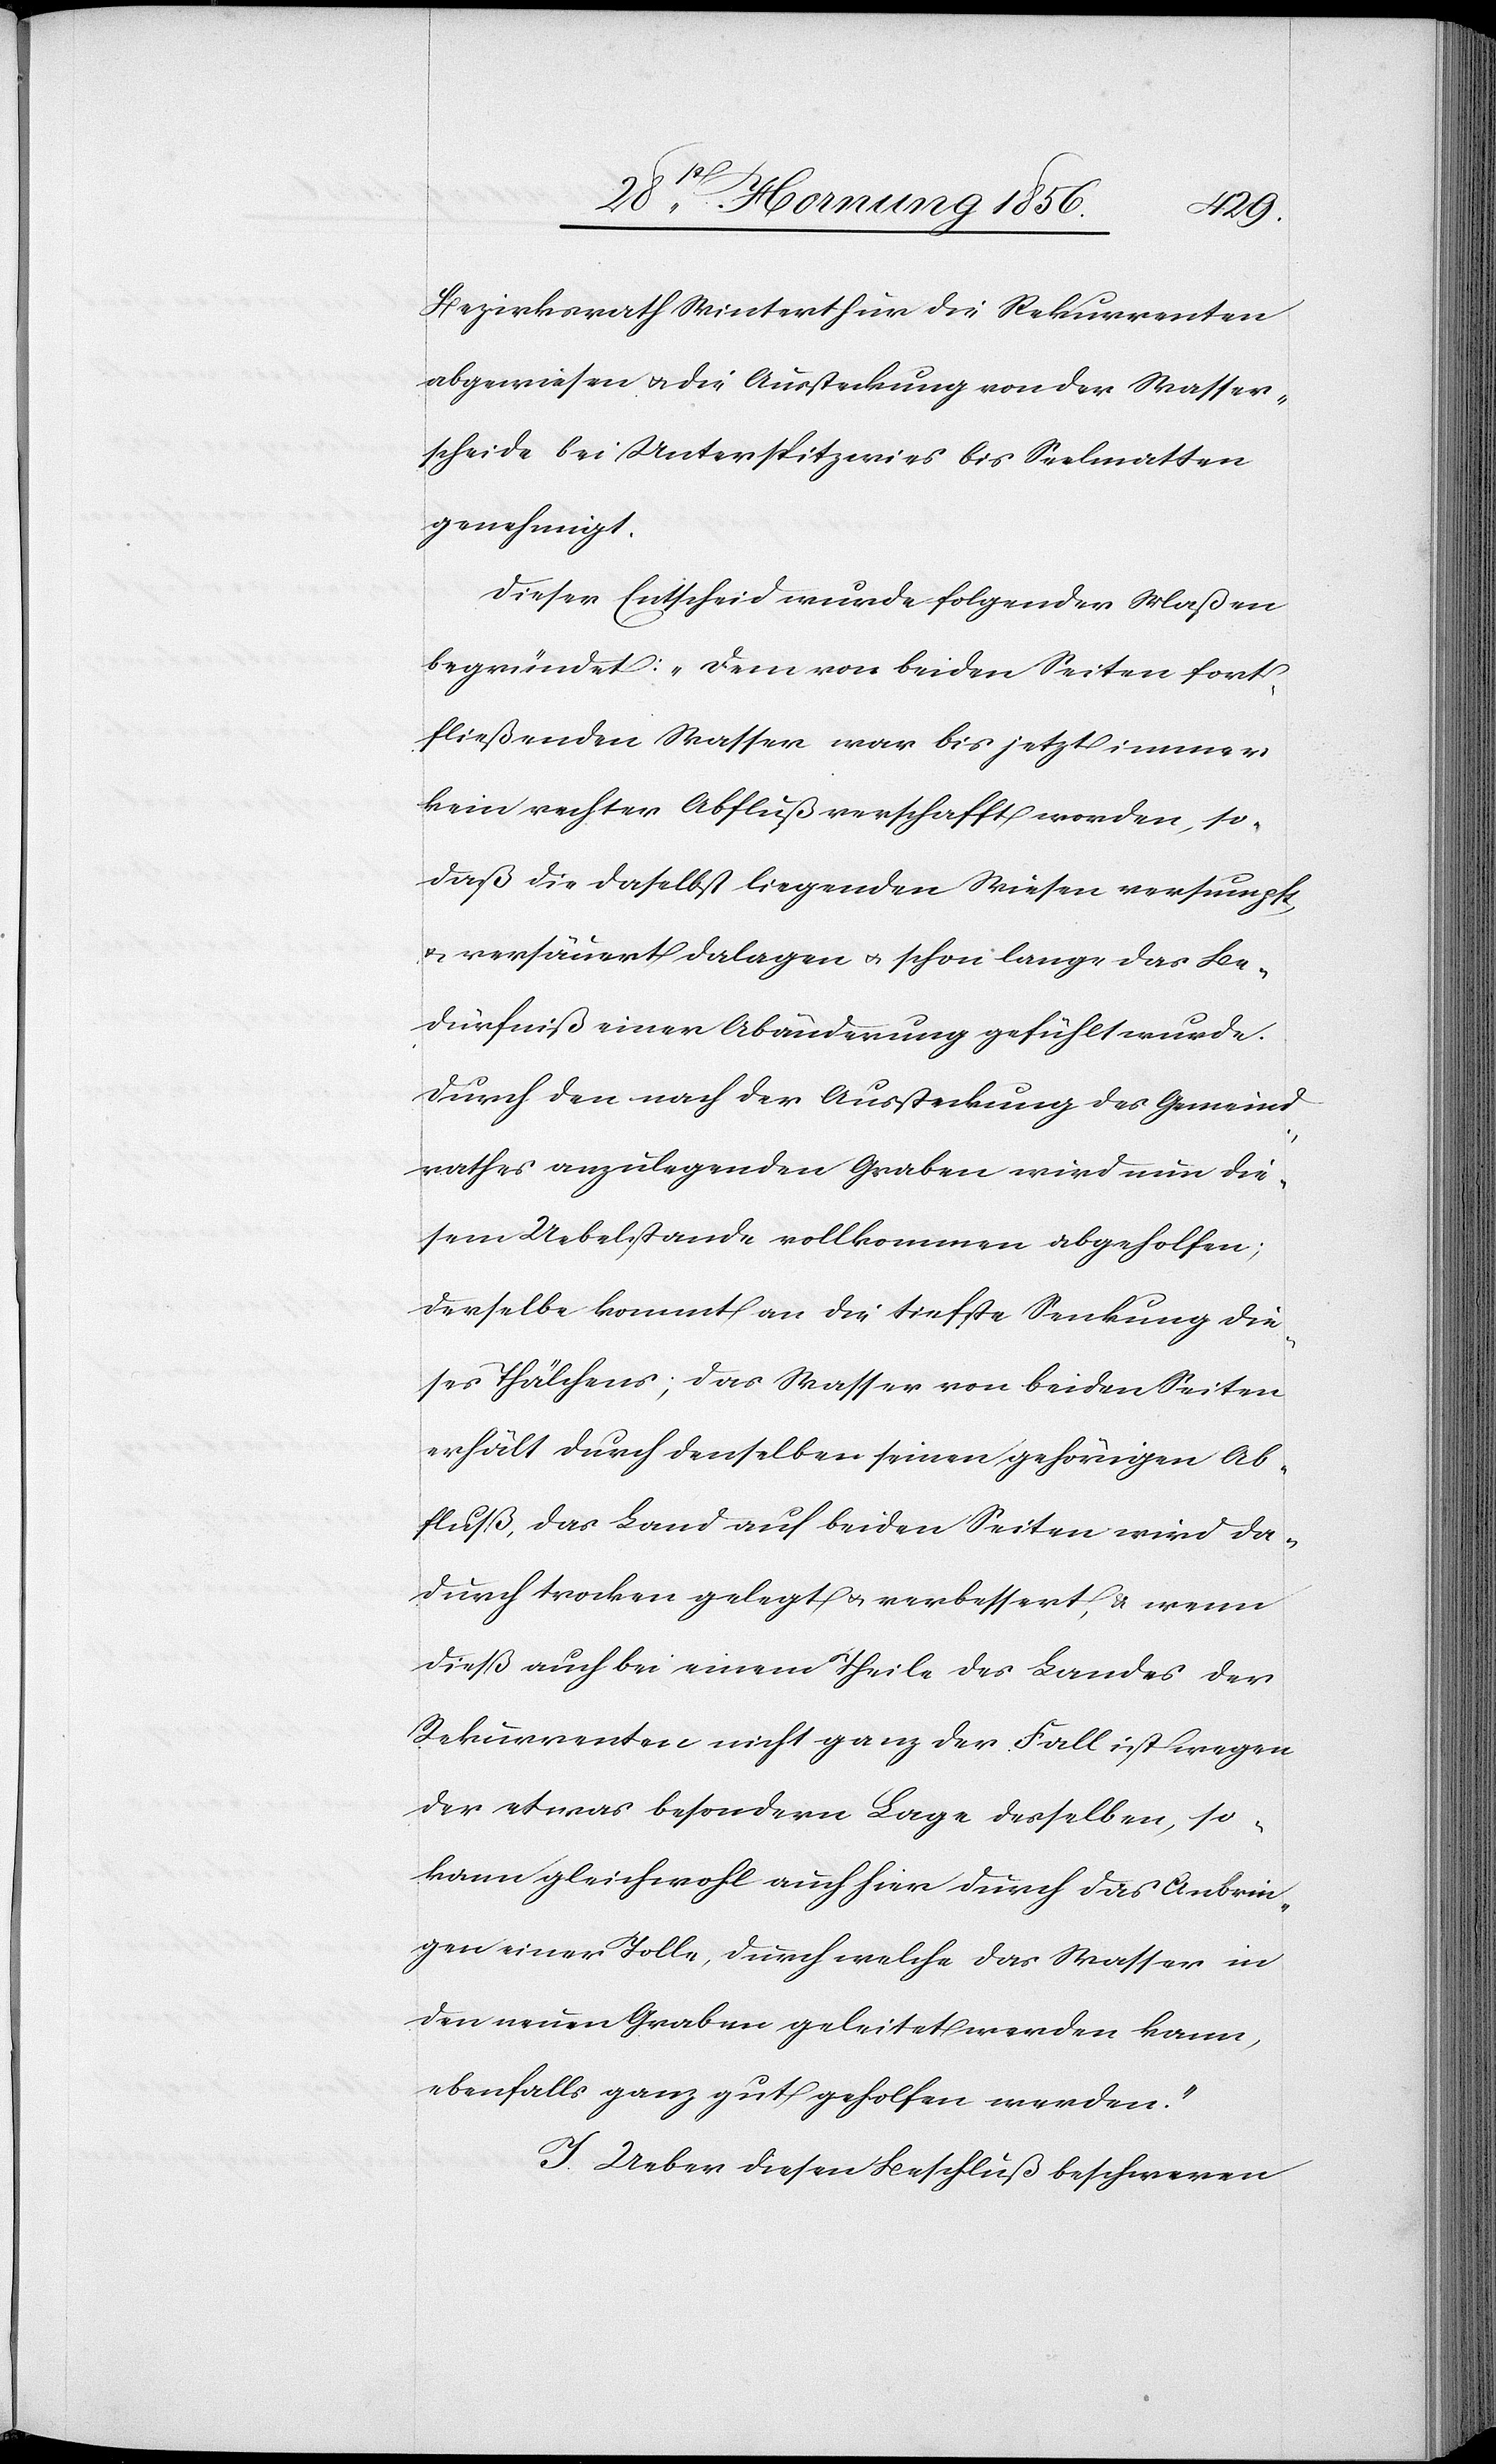
Bezirksrath Winterthur die Rekurrenten
abgewiesen u. die Aussteckung von der Wasser¬
scheide bei Unterspitzeries bis Seelmatten
genehmigt.
Dieser Entscheid wurde folgender Maßen
begründet: „Dem von beiden Seiten fort¬
fließenden Wasser war bis jetzt immer
kein rechter Abfluß verschafft worden, so¬
daß die daselbst liegenden Wiesen versumpft
u. versäuert dalagen u. schon lange das Be¬
dürfniß einer Abänderung gefühlt wurde.
Durch den nach der Aussteckung des Gemeind¬
rathes anzulegenden Graben wird nun die¬
sem Uebelstande vollkommen abgeholfen;
derselbe kommt an die tiefste Senkung die¬
ses Thälchens; das Wasser von beiden Seiten
erhält durch denselben seinen gehörigen Ab¬
fluß, das Land auf beiden Seiten wird da¬
durch trocken gelegt u. verbessert, & wenn
dieß auch bei einem Theile des Landes der
Rekurrenten nicht ganz der Fall ist wegen
der etwas besondern Lage desselben, so
kann gleichwohl auch hier durch das Anbrin¬
gen einer Tolle, durch welche das Wasser in
den neuen Graben geleitet werden kann,
ebenfalls ganz gut geholfen werden.“
I. Ueber diesen Beschluß beschweren